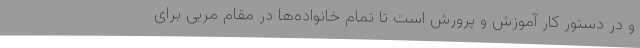
و در دستور کار آموزش و پرورش است تا تمام خانواده‌ها در مقام مربی برای